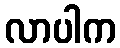
လာပါက